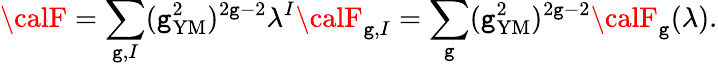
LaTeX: {\calF}=\sum_{\mathtt{g},I}(\mathtt{g}_{\mathrm{{YM}}}^{2})^{2\mathtt{g}-2}\lambda^{I}{\calF}_{\mathtt{g},I}=\sum_{\mathtt{g}}(\mathtt{g}_{\mathrm{{YM}}}^{2})^{2\mathtt{g}-2}{\calF}_{\mathtt{g}}(\lambda).